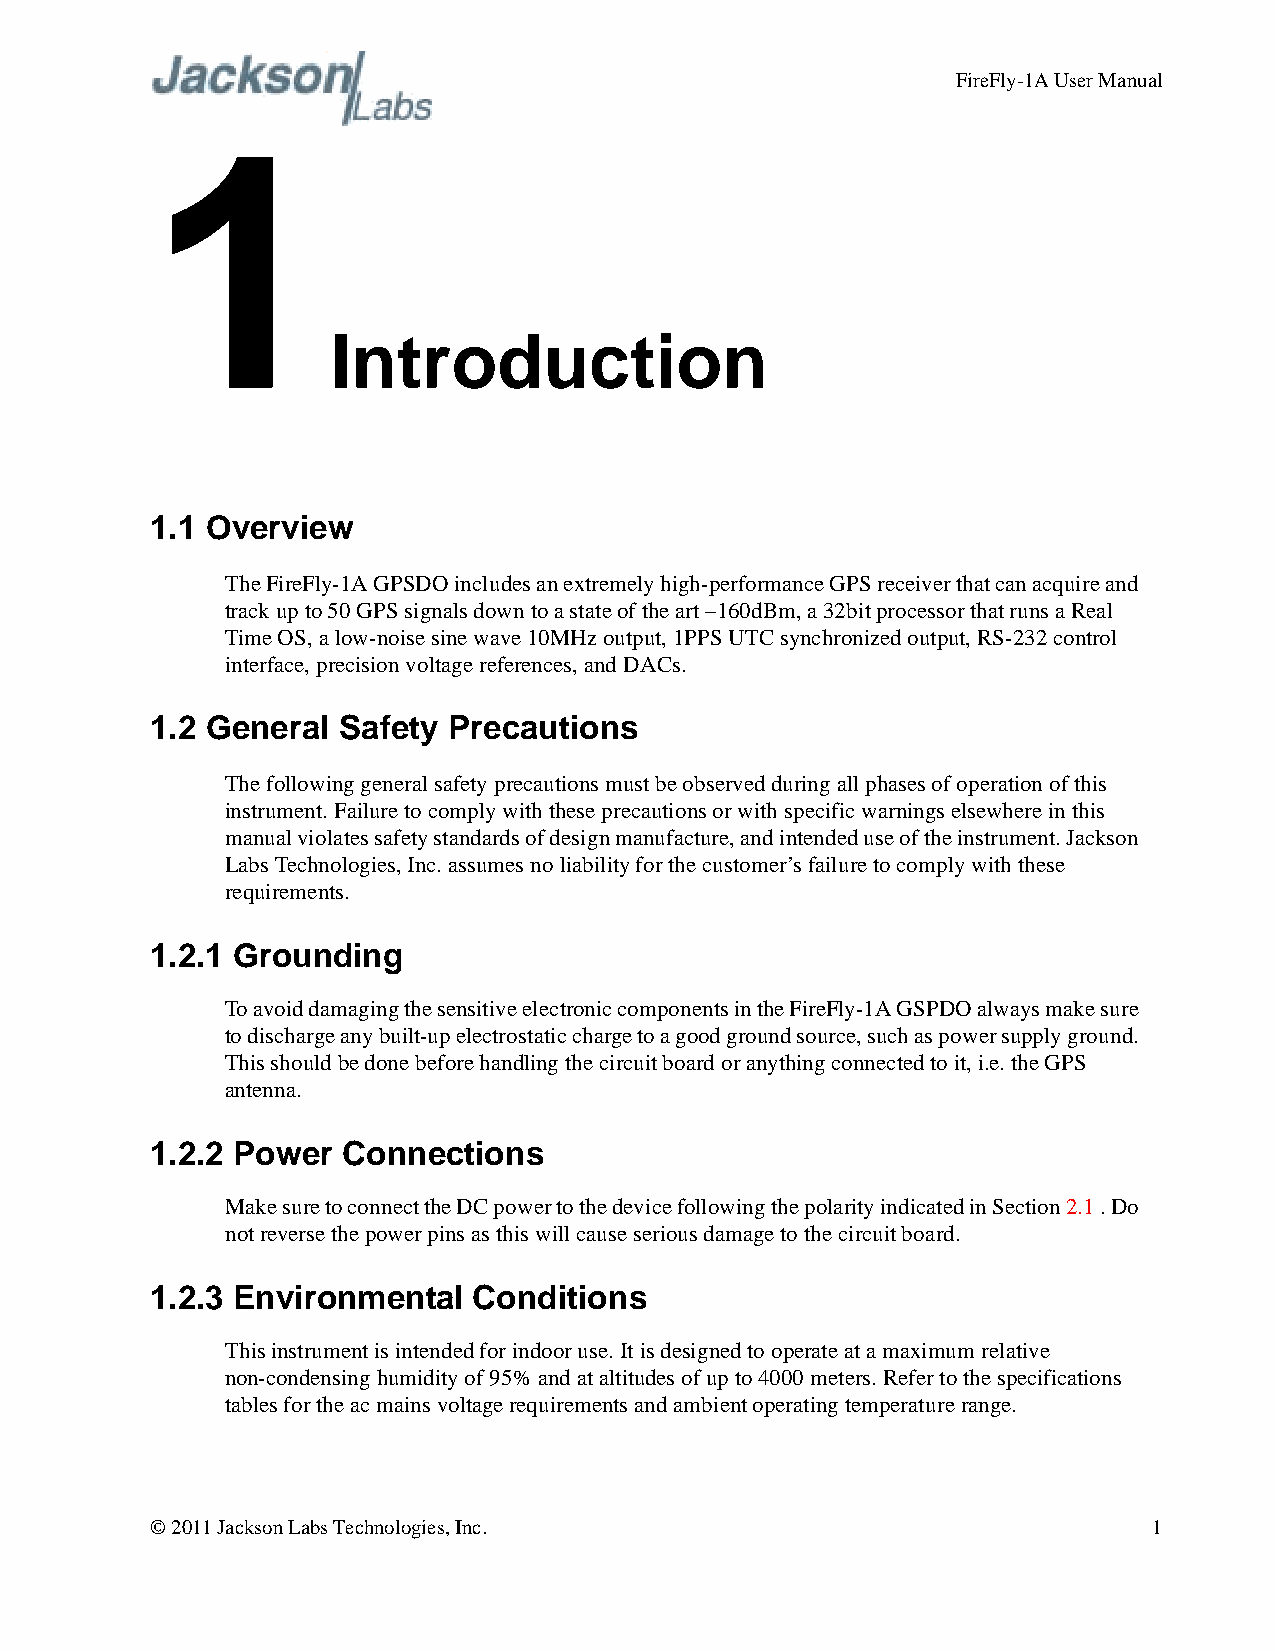
FireFly-1A User Manual
 1
 Introduction
 1.1 Overview
 The FireFly-1A GPSDO includes an extremely high-performance GPS receiver that can acquire and
 track up to 50 GPS signals down to a state of the art –160dBm, a 32bit processor that runs a Real
 Time OS, a low-noise sine wave 10MHz output, 1PPS UTC synchronized output, RS-232 control
 interface, precision voltage references, and DACs.
 1.2 General Safety  Precautions
 The following general safety precautions must be observed during all phases of operation of this
 instrument. Failure to comply with these precautions or with specific warnings elsewhere in this
 manual violates safety standards of design manufacture, and intended use of the instrument. Jackson
 Labs Technologies, Inc. assumes no liability for the customer’s failure to comply with these
 requirements.
 1.2.1 Grounding
 To avoid damaging the sensitive electronic components in the FireFly-1A GSPDO always make sure
 to discharge any built-up electrostatic charge to a good ground source, such as power supply ground.
 This should be done before handling the circuit board or anything connected to it, i.e. the GPS
 antenna.
 1.2.2 Power  Connections
 Make sure to connect the DC power to the device following the polarity indicated in Section 2.1. Do
 not reverse the power pins as this will cause serious damage to the circuit board.
 1.2.3 Environmental  Conditions
 This instrument is intended for indoor use. It is designed to operate at a maximum relative
 non-condensing humidity of 95% and at altitudes of up to 4000 meters. Refer to the specifications
 tables for the ac mains voltage requirements and ambient operating temperature range.
 © 2011 Jackson Labs Technologies, Inc.                            1